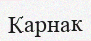
Карнак